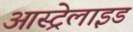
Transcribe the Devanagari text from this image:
आस्ट्रेलाइड